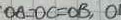
O A = O C = O B , O